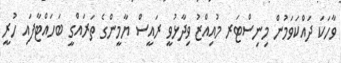
ވާހަކަ ދައްކަވަމުން މިނިސްޓަރ މުއިއްޒު ވިދާޅުވީ ރައީސް ޔާމީންގެ ތަރައްގީ ބަހައްޓާފައި ހުރީ